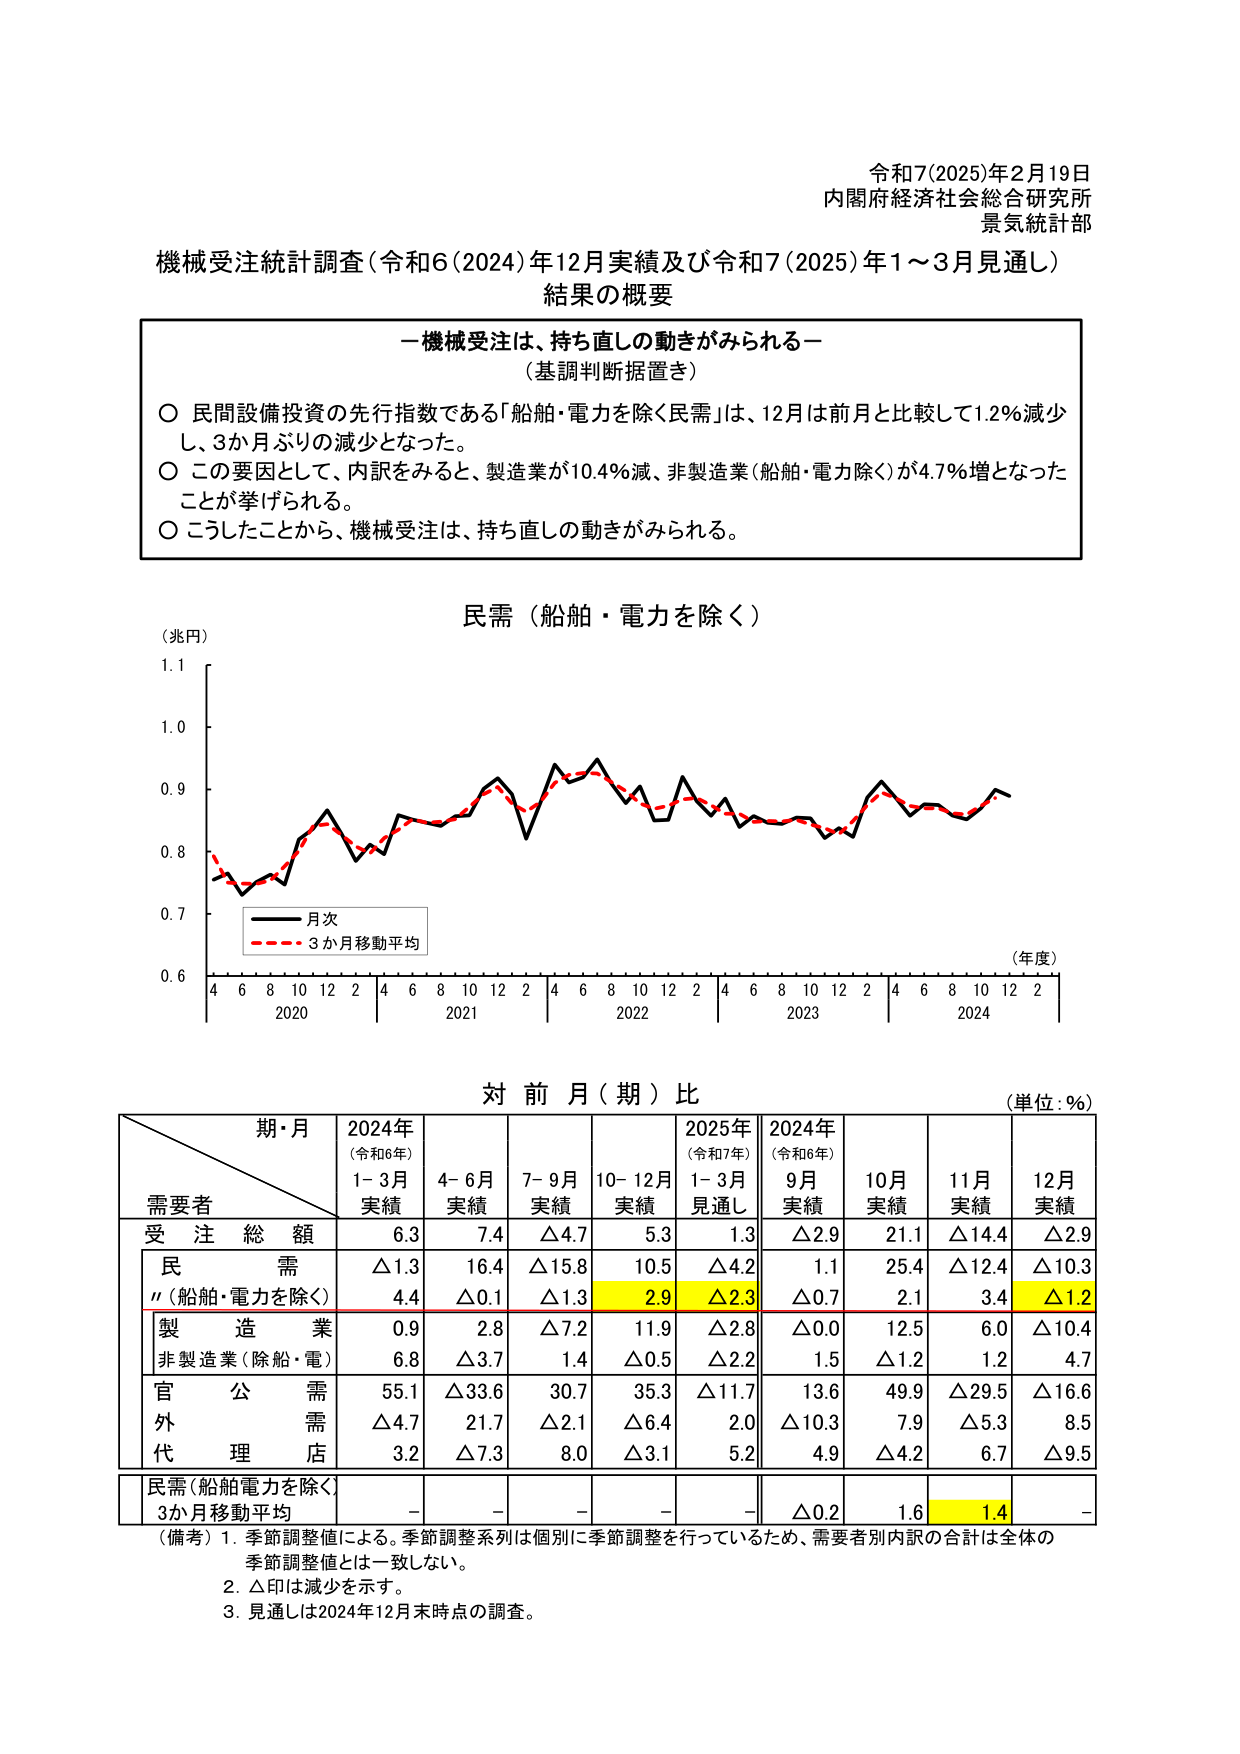
令和7(2025)年2月19日
内閣府経済社会総合研究所
景気統計部

機械受注統計調査（令和6(2024)年12月実績及び令和7(2025)年1～3月見通し）
結果の概要

一機械受注は、持ち直しの動きがみられる一
（基調判断据置き）

○ 民間設備投資の先行指数である「船舶・電力を除く民需」は、12月は前月と比較して1.2％減少し、3か月ぶりの減少となった。
○ この要因として、内訳をみると、製造業が10.4％減、非製造業（船舶・電力除く）が4.7％増となったことが挙げられる。
○ こうしたことから、機械受注は、持ち直しの動きがみられる。

民需（船舶・電力を除く）
（兆円）
（年度）
月次
3か月移動平均
4 6 8 10 12 2 4 6 8 10 12 2 4 6 8 10 12 2 4 6 8 10 12 2
2020 2021 2022 2023 2024
0.6 0.7 0.8 0.9 1.0 1.1

対前月（期）比
（単位：％）

期・月
需要者
2024年（令和6年）
1-3月実績
4-6月実績
7-9月実績
10-12月実績
2025年（令和7年）
1-3月見通し
2024年（令和6年）
9月実績
10月実績
11月実績
12月実績

受注総額
6.3
7.4
△4.7
5.3
1.3
△2.9
21.1
△14.4
△2.9

民需
△1.3
16.4
△15.8
10.5
△4.2
1.1
25.4
△12.4
△10.3
〃（船舶・電力を除く）
4.4
△0.1
△1.3
2.9
△2.3
△0.7
2.1
3.4
△1.2

製造業
0.9
2.8
△7.2
11.9
△2.8
△0.0
12.5
6.0
△10.4

非製造業（除船・電）
6.8
△3.7
1.4
△0.5
△2.2
1.5
△1.2
1.2
4.7

官公需
55.1
△33.6
30.7
35.3
△11.7
13.6
49.9
△29.5
△16.6

外需
△4.7
21.7
△2.1
△6.4
2.0
△10.3
7.9
△5.3
8.5

代理店
3.2
△7.3
8.0
△3.1
5.2
4.9
△4.2
6.7
△9.5

民需（船舶電力を除く）
3か月移動平均
－
－
－
－
－
△0.2
1.6
1.4
－

（備考）1. 季節調整値による。季節調整系列は個別に季節調整を行っているため、需要者別内訳の合計は全体の季節調整値とは一致しない。
2. △印は減少を示す。
3. 見通しは2024年12月末時点の調査。